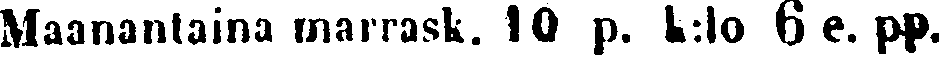
Maanantaina marrask. 10 p. k:lo 6 e. pp.